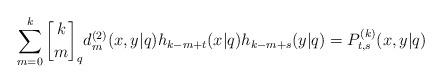
LaTeX: \begin{align*}\sum_{m=0}^{k}\genfrac{[}{]}{0pt}{}{k}{m}_{q}d_{m}^{(2)}(x,y|q)h_{k-m+t}(x|q)h_{k-m+s}(y|q)=P_{t,s}^{(k)}(x,y|q)\end{align*}